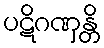
ပဋိဂဏှန္တိ